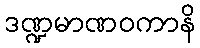
ဒဏ္ဍမာဏဝကာနိ